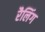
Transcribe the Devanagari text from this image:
रैलिंग